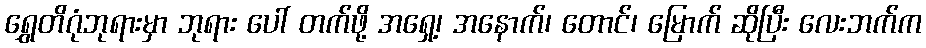
ရွှေတိဂုံဘုရားမှာ ဘုရား ပေါ် တက်ဖို့ အရှေ့၊ အနောက်၊ တောင်၊ မြောက် ဆိုပြီး လေးဘက်က